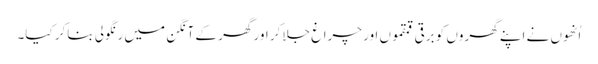
اُنھوں نے اپنے گھروں کو برقی قمقموں اور چراغ جلاکر اور گھر کے آنگن میں رنگولی بناکر کیا۔